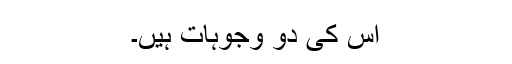
اس کی دو وجوہات ہیں۔